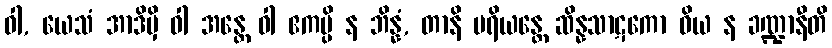
ဝါ, ယေသံ အာဒိမှိ ဝါ အန္တေ ဝါ ဧကမ္ပိ န ဘိန္နံ, တာနိ ပရိယန္တေ ဆိန္နသာဋကော ဝိယ န ခဏ္ဍာနီတိ